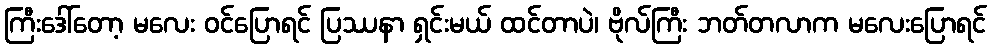
ကြီးဒေါ်တော့ မလေး ဝင်ပြောရင် ပြဿနာ ရှင်းမယ် ထင်တာပဲ၊ ဗိုလ်ကြီး ဘတ်တလာက မလေးပြောရင်